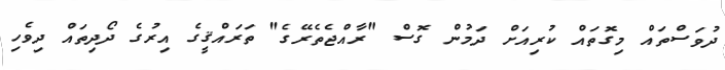
ދުވަސްތައް މިގޮތައް ކުރިއަށް ދަމުން ގޮސް "ރާއްޖެތެރޭގެ" ތަރައްޤީގެ އިރުގެ ދޯދިތައް ދިވެހި